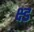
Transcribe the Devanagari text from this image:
क्ष्ड